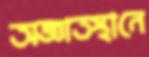
অজ্ঞাতস্থানে